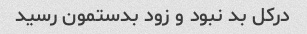
درکل بد نبود و زود بدستمون رسید